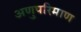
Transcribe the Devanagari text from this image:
अणुपरिमाण